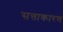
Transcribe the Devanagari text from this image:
सत्ताकारण